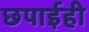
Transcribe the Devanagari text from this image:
छपाईही